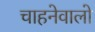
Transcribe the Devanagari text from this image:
चाहनेवालो